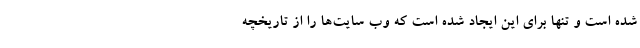
شده است و تنها برای این ایجاد شده است که وب سایت‌‌ها را از تاریخچه